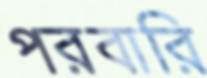
পরবারি